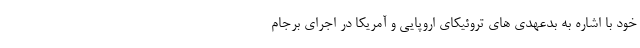
خود با اشاره به بدعهدی های تروئیکای اروپایی و آمریکا در اجرای برجام